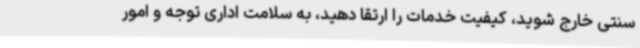
سنتی خارج شوید، کیفیت خدمات را ارتقا دهید، به سلامت اداری توجه و امور